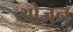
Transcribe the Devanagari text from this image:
ओजन